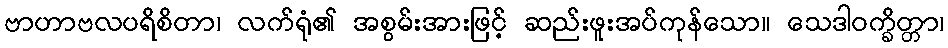
ဗာဟာဗလပရိစိတာ၊ လက်ရုံ၏ အစွမ်းအားဖြင့် ဆည်းဖူးအပ်ကုန်သော။ သေဒါဝက္ခိတ္တာ၊